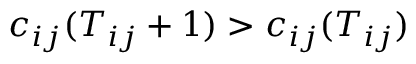
c _ { i j } ( T _ { i j } + 1 ) > c _ { i j } ( T _ { i j } )